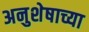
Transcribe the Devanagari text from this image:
अनुशेषाच्या